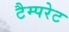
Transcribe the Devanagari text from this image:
टैम्परेट